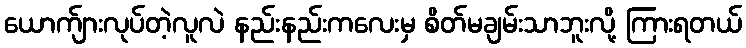
ယောက်ျားလုပ်တဲ့လူလဲ နည်းနည်းကလေးမှ စိတ်မချမ်းသာဘူးလို့ ကြားရတယ်